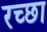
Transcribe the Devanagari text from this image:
रच्छा